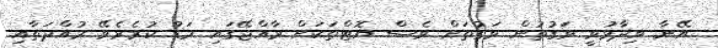
އޭނާ ވިދާޅުވީ ވަގުތުން ވަގުތަށް ވެސް ޔޮޓްތަކަށް ރާއްޖޭގައި މަޑު ކުރެރެވޭ މުއްދަތާއި